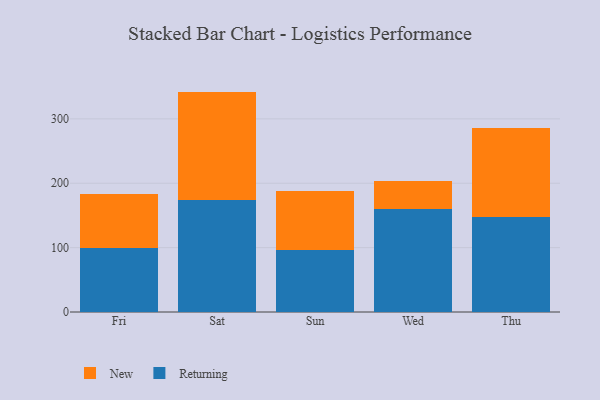
{"axis": {"x": "Day", "y": "Backlog"}, "legend": ["New", "Returning"], "data": [{"x": "Fri", "y": 99.6, "type": "Returning"}, {"x": "Fri", "y": 84.4, "type": "New"}, {"x": "Sat", "y": 173.6, "type": "Returning"}, {"x": "Sat", "y": 168.8, "type": "New"}, {"x": "Sun", "y": 96.2, "type": "Returning"}, {"x": "Sun", "y": 92.5, "type": "New"}, {"x": "Wed", "y": 160.7, "type": "Returning"}, {"x": "Wed", "y": 43.4, "type": "New"}, {"x": "Thu", "y": 147.4, "type": "Returning"}, {"x": "Thu", "y": 137.8, "type": "New"}]}